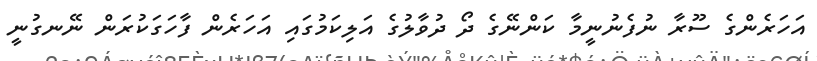
އަހަރެންގެ ސޫރާ ނުފެނުނީމާ ކަންނޭގެ ދޯ ދުވާލުގެ އަލިކަމުގައި އަހަރެން ފާހަގަކުރަން ނޭނގުނީ